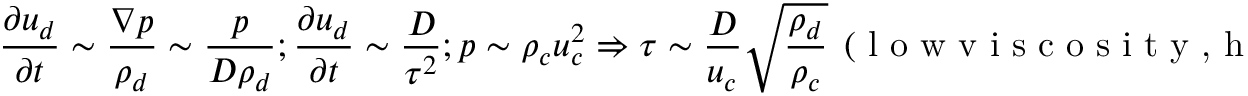
\frac { \partial u _ { d } } { \partial t } \sim \frac { \nabla p } { \rho _ { d } } \sim \frac { p } { D \rho _ { d } } ; \frac { \partial u _ { d } } { \partial t } \sim \frac { D } { \tau ^ { 2 } } ; p \sim \rho _ { c } u _ { c } ^ { 2 } \Rightarrow \tau \sim \frac { D } { u _ { c } } \sqrt { \frac { \rho _ { d } } { \rho _ { c } } } ~ ~ ( \textrm { l o w v i s c o s i t y , h i g h s p e e d } )